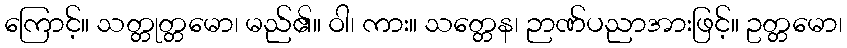
ကြောင့်။ သတ္တုတ္တမော၊ မည်၏။ ဝါ၊ ကား။ သတ္တေန၊ ဉာဏ်ပညာအားဖြင့်။ ဥတ္တမော၊